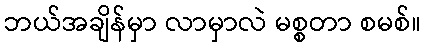
ဘယ်အချိန်မှာ လာမှာလဲ မစ္စတာ စမစ်။